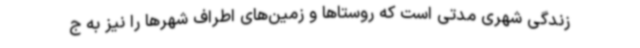
زندگی شهری مدتی است که روستاها و زمین‌های اطراف شهرها را نیز به ج